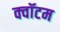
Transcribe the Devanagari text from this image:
क्‍वॉटम